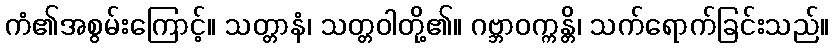
ကံ၏အစွမ်းကြောင့်။ သတ္တာနံ၊ သတ္တဝါတို့၏။ ဂဗ္ဘာဝက္ကန္တိ၊ သက်ရောက်ခြင်းသည်။